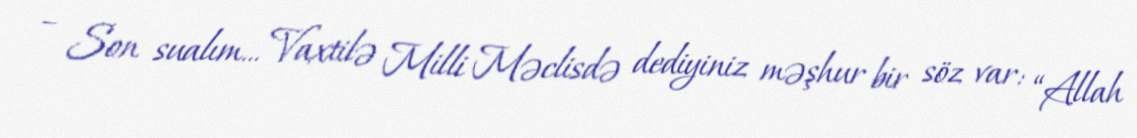
– Son sualım... Vaxtilə Milli Məclisdə dediyiniz məşhur bir söz var: “Allah